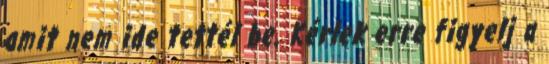
amit nem ide tettél be. Kérlek erre figyelj a